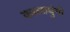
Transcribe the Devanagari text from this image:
कालाधुंगी